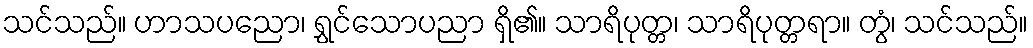
သင်သည်။ ဟာသပညော၊ ရွှင်သောပညာ ရှိ၏။ သာရိပုတ္တ၊ သာရိပုတ္တရာ။ တွံ၊ သင်သည်။